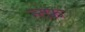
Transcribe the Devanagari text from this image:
न्त्फ़